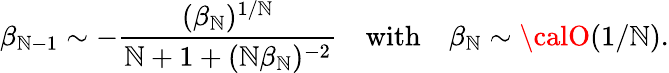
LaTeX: \beta_{\mathbb{N}-1}\sim-{\frac{{(\beta_{\mathbb{N}})^{1/\mathbb{N}}}}{{\mathbb{N}+1+(\mathbb{N}\beta_{\mathbb{N}})^{-2}}}}\quad\mathrm{{with}}\quad\beta_{\mathbb{N}}\sim{\calO}(1/\mathbb{N}).